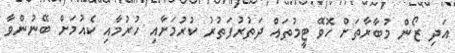
އަދި ޒޯން މުބާރާތަށް ހޮވޭ ޓީމުތައް ދަތުރުފަތުރު ކުރުމަށާއި ހުރުމާއި ކެއުމަށް ބޭނުންވާ